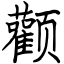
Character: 颧